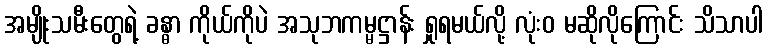
အမျိုးသမီးတွေရဲ့ ခန္ဓာ ကိုယ်ကိုပဲ အသုဘကမ္မဋ္ဌာန်း ရှုရမယ်လို့ လုံးဝ မဆိုလိုကြောင်း သိသာပါ